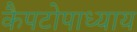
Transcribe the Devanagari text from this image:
कैपटोपाध्याय